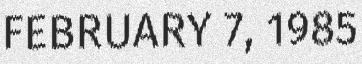
FEBRUARY 7, 1985